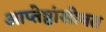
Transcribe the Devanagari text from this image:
आप्तेष्ठांसोबत